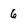
Character: 6